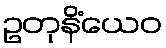
ဥတုနိံယေဝ